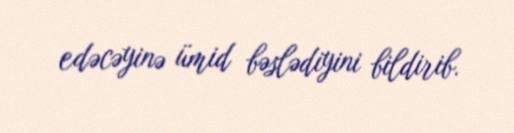
edəcəyinə ümid bəslədiyini bildirib.